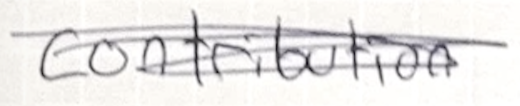
Text: contribution
Cross-out: scratch
Writing tool: pencil